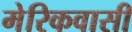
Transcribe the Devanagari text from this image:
मेरिकवासी